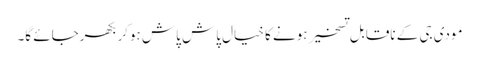
مودی جی کے ناقابلِ تسخیر ہونے کا خیال پاش پاش ہوکر بکھرجائے گا۔